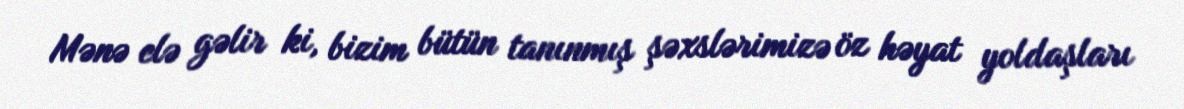
Mənə elə gəlir ki, bizim bütün tanınmış şəxslərimizə öz həyat yoldaşları